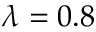
\lambda = 0 . 8